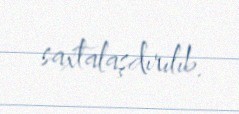
saxtalaşdırılıb.